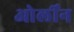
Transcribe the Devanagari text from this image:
ओर्लीन